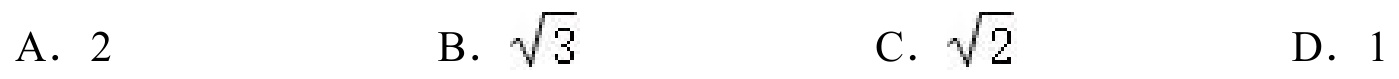
A. \(2\)  B. \(\sqrt{3}\)  C. \(\sqrt{2}\)  D. \(1\)